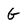
Character: G